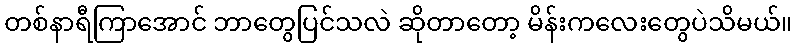
တစ်နာရီကြာအောင် ဘာတွေပြင်သလဲ ဆိုတာတော့ မိန်းကလေးတွေပဲသိမယ်။